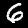
Label: 6